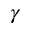
\gamma